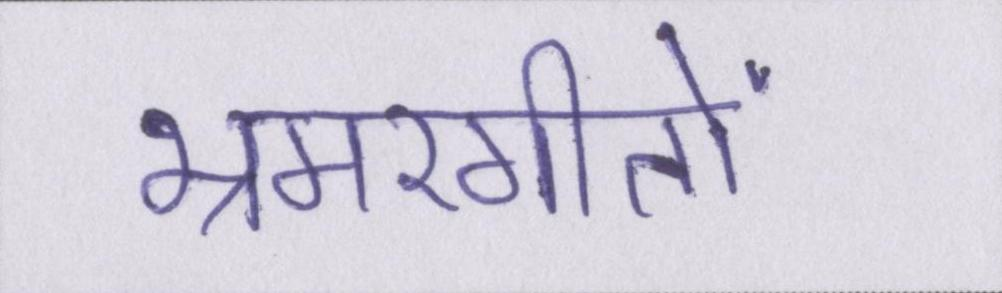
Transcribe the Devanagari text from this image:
भ्रमरगीतों